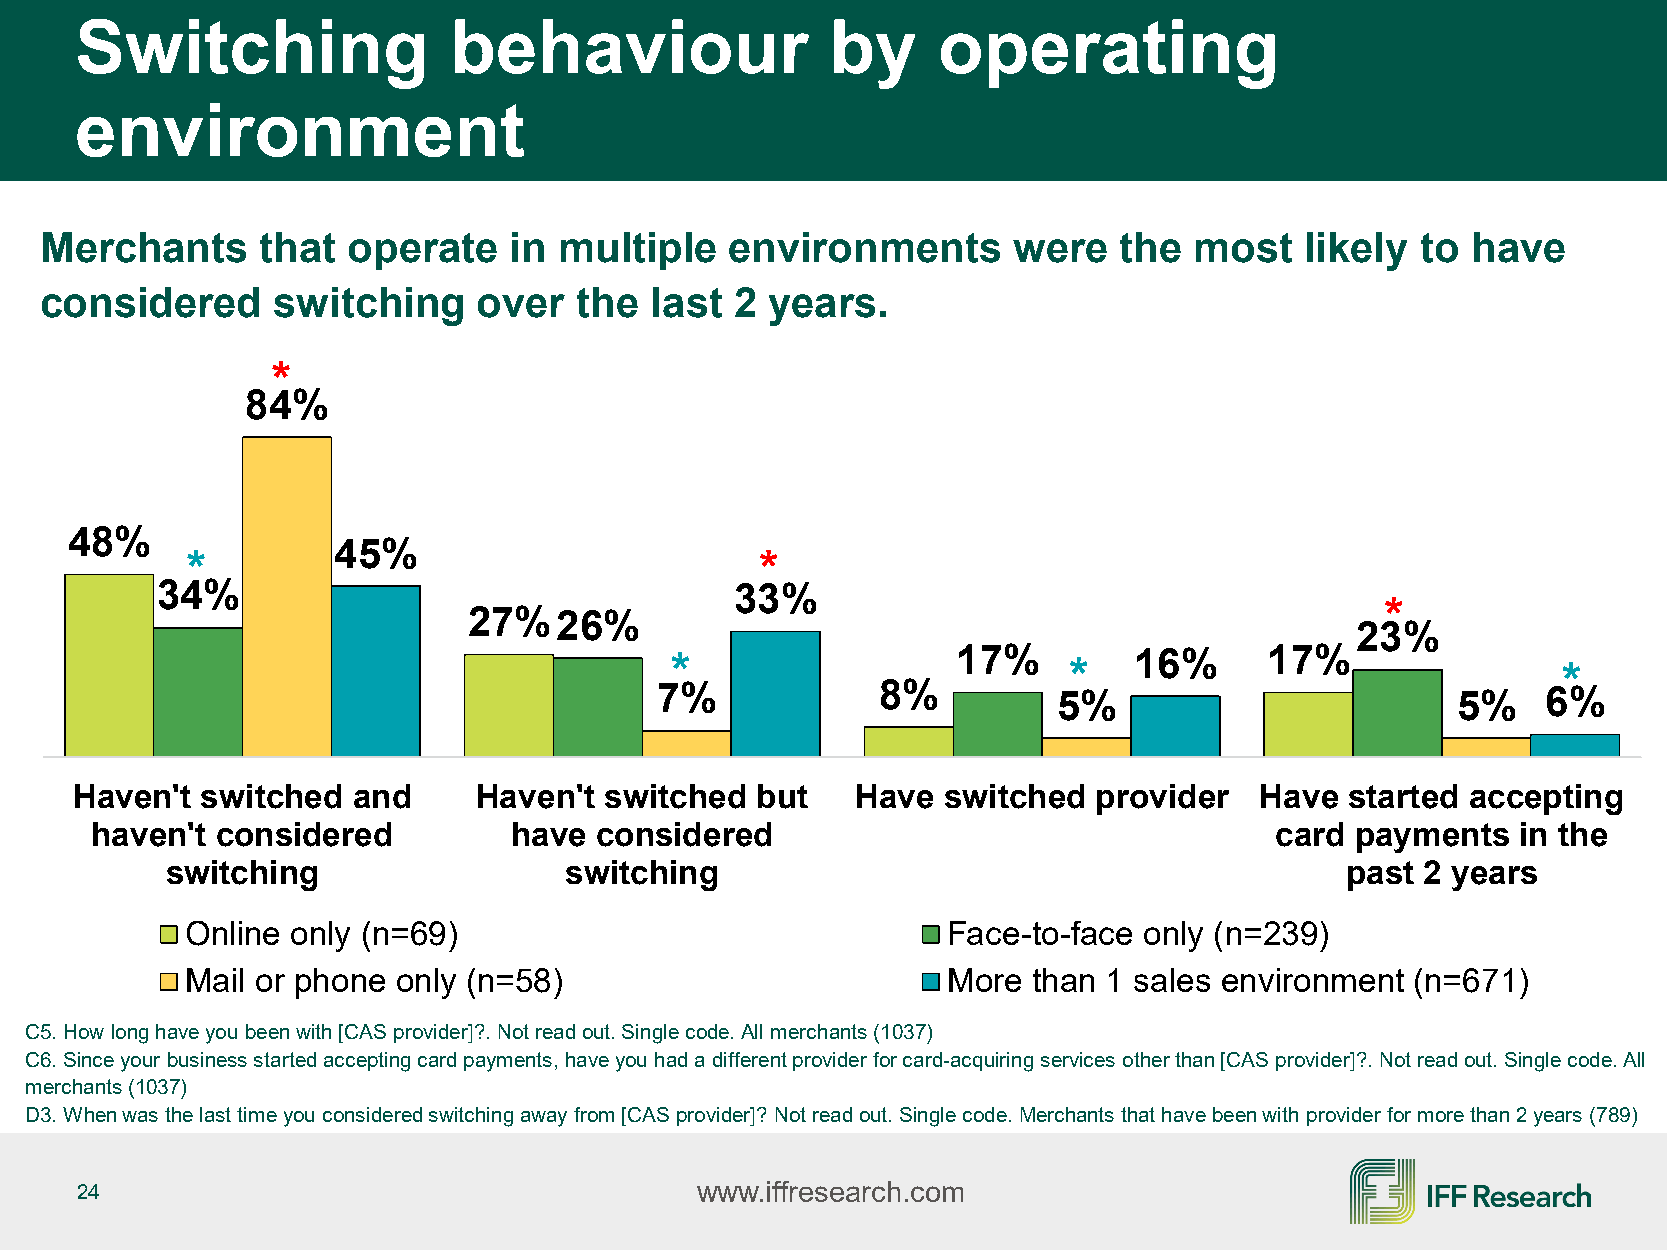
Switching                behaviour                by     operating
 environment
 Merchants     that  operate    in multiple   environments       were   the  most   likely  to have
 considered     switching     over  the  last  2 years.
 *
 84%
 48%
 45%
 *                                     *
 34%                                    33%
 *
 27%26%
 23%
 *                  17%     *   16%      17%                *
 7%             8%          5%                        5%    6%
 Haven't switched  and      Haven't switched  but    Have switched   provider  Have  started accepting
 haven't considered          have considered                                   card  payments   in the
 switching                 switching                                           past 2 years
 Online only (n=69)                                 Face-to-face only (n=239)
 Mail or phone only (n=58)                          More than 1 sales environment  (n=671)
 C5. How long have you been with [CAS provider]?. Not read out. Single code. All merchants (1037)
 C6. Since your business started accepting card payments, have you had a different provider for card-acquiring services other than [CAS provider]?. Not read out. Single code. All
 merchants (1037)
 D3. When was the last time you considered switching away from [CAS provider]? Not read out. Single code. Merchants that have been with provider for more than 2 years (789)
 24                                       www.iffresearch.com